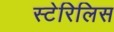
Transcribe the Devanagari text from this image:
स्टेरिलिस